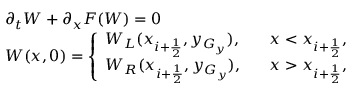
\begin{array} { l l } { \partial _ { t } W + \partial _ { x } F ( W ) = 0 } \\ { W ( x , 0 ) = \left\{ \begin{array} { l l } { W _ { L } ( x _ { i + \frac { 1 } { 2 } } , y _ { G _ { y } } ) , } & { \; \; \; x < x _ { i + \frac { 1 } { 2 } } , } \\ { W _ { R } ( x _ { i + \frac { 1 } { 2 } } , y _ { G _ { y } } ) , } & { \; \; \; x > x _ { i + \frac { 1 } { 2 } } , } \end{array} \right. } \end{array}